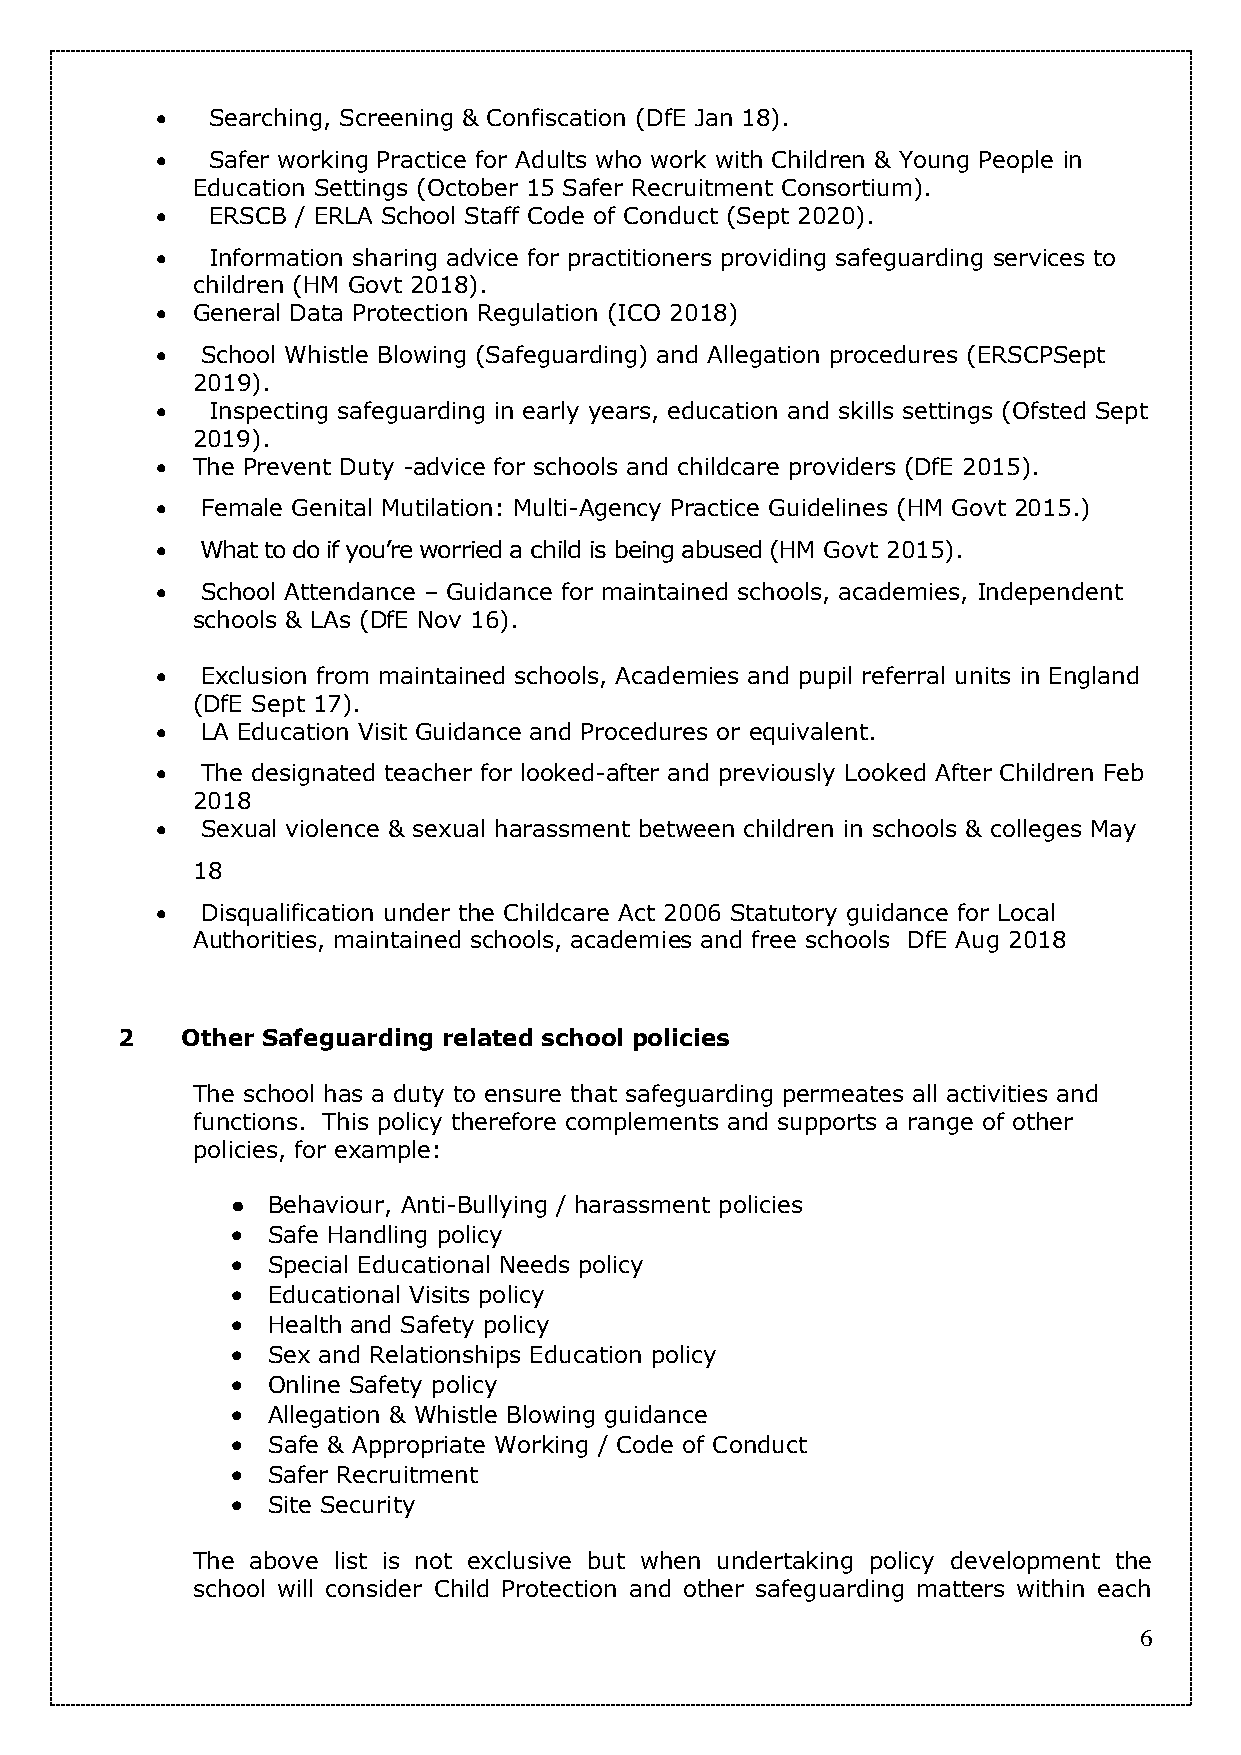
   Searching, Screening & Confiscation (DfE Jan 18).
    Safer working Practice for Adults who work with Children & Young People in
 Education Settings (October 15 Safer Recruitment Consortium).
    ERSCB / ERLA School Staff Code of Conduct (Sept 2020).
    Information sharing advice for practitioners providing safeguarding services to
 children (HM Govt 2018).
   General Data Protection Regulation (ICO 2018)
   School Whistle Blowing (Safeguarding) and Allegation procedures (ERSCPSept
 2019).
    Inspecting safeguarding in early years, education and skills settings (Ofsted Sept
 2019).
   The Prevent Duty -advice for schools and childcare providers (DfE 2015).
   Female Genital Mutilation: Multi-Agency Practice Guidelines (HM Govt 2015.)
   What to do if you’re worried a child is being abused (HM Govt 2015).
   School Attendance – Guidance for maintained schools, academies, Independent
 schools & LAs (DfE Nov 16).
   Exclusion from maintained schools, Academies and pupil referral units in England
 (DfE Sept 17).
   LA Education Visit Guidance and Procedures or equivalent.
   The designated teacher for looked-after and previously Looked After Children Feb
 2018
   Sexual violence & sexual harassment between children in schools & colleges May
 18
   Disqualification under the Childcare Act 2006 Statutory guid ance for Local
 Authorities, maintained schools, academies and free schools DfE Aug 2018
 2   Other Safeguarding related school policies
 The school has a duty to ensure that safeguarding permeates all activities and
 functions. This policy therefore complements and supports a range of other
 policies, for example:
 ●  Behaviour, Anti-Bullying / harassment policies
   Safe Handling policy
   Special Educational Needs policy
   Educational Visits policy
   Health and Safety policy
   Sex and Relationships Education policy
   Online Safety policy
   Allegation & Whistle Blowing guidance
   Safe & Appropriate Working / Code of Conduct
   Safer Recruitment
   Site Security
 The above list is not exclusive but when undertaking policy development the
 school will consider Child Protection and other safeguarding matters within each
 6